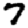
Digit: 7